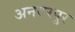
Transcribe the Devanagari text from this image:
अनवरपुर